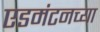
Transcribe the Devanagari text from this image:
एडमंटनच्या